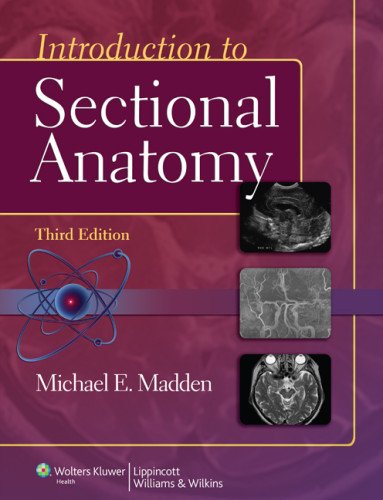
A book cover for Introduction to Sectional Anatomy (Point (Lippincott Williams & Wilkins)); Michael Madden PhD  RT (R)  (CT)  (MR); Medical Books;